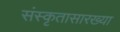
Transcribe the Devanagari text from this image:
संस्कृतासारख्या